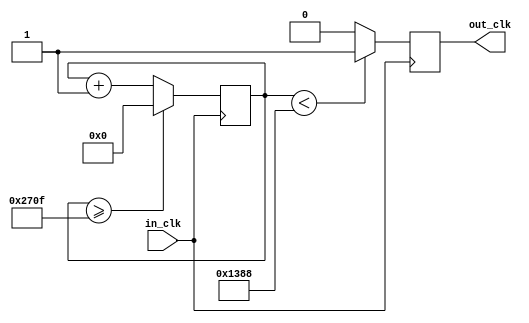
`timescale 1ns / 1ps
//////////////////////////////////////////////////////////////////////////////////
// Company: 
// Engineer: 
// 
// Design Name: 
// Module Name:    Cloc_divider 
// Project Name: 
// Target Devices: 
// Tool versions: 
// Description: 
//
// Dependencies: 
//
// Revision: 
// Revision 0.01 - File Created
// Additional Comments: 
//
//////////////////////////////////////////////////////////////////////////////////
module Clock_divider(
    input in_clk,      // 100 MHz clock
    output reg out_clk // 1 Hz clock
);
	
	reg[32:0] count;
    parameter DIVISOR = 33'd10000; //100000000
    
	initial begin
	   count = 33'd0;
		// initialize everything to zero
	end
	
	always @(negedge in_clk)
	begin
		count <= count + 33'd1;
		// if count equals to some big number (that you need to calculate),
		//     (Think: how many input clock cycles do you need to see 
		//     for it to be half a second)
		if(count >= (DIVISOR-1))
            count <= 33'd0;
		//     then flip the output clock,   (use non-blocking assignment)
		//     and reset count to zero.      (use non-blocking assignment)
		out_clk <= (count<DIVISOR/2)?1'b1:1'b0;
	end

endmodule